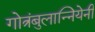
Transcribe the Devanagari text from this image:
गोत्रंबुलान्नियेनी